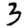
Digit: 3